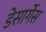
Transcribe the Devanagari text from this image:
डेसार्गेस